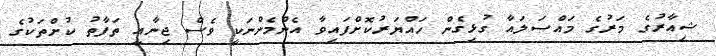
ޝިއާރުގެ މަރުގެ މައްސަލައާ ގުޅިގެން ހައްޔަރުކޮށްފައިވާ އެންމެންނަކީ ވެސް ޖިނާއީ ތަފާތު ކުށްތަކުގެ